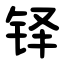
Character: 铎